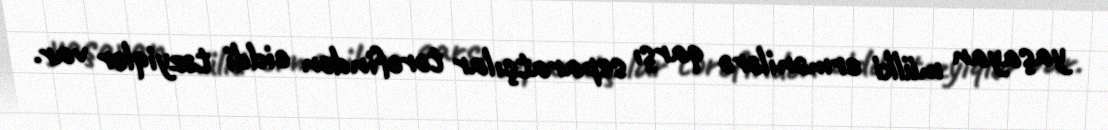
yaşayan mülki ermənilərə qarşı separatçılar tərəfindən ciddi təzyiqlər var.